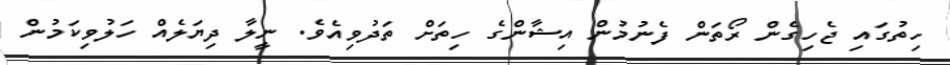
ހިތުގައި ޖެހިގެން ރޯތަން ފެނުމުން އިޝާންގެ ހިތަށް ތަދުވިއެވެ. ނީލާ ދިޔަލެއް ހަލުވިކަމުން